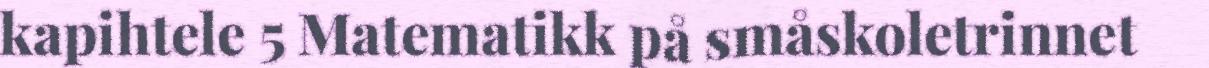
kapihtele 5 Matematikk på småskoletrinnet